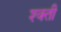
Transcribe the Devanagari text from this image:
श्क्ती